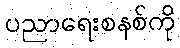
ပညာရေးစနစ်ကို